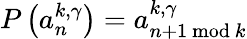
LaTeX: P\left(a_{n}^{k,\gamma}\right)=a_{n+1~\mathrm{mod}~k}^{k,\gamma}